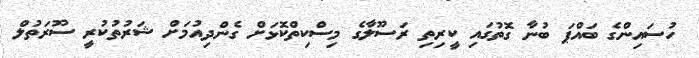
ހުސައިންގެ ބައްޕަ ބުނާ ގޮތުގައި ކީރިތި ރަސޫލާގެ މިސްކިތްކޮޅަށް ގެންދިއުމަށް ޝަރުތުކުރީ ސޫރަތުލް